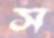
স